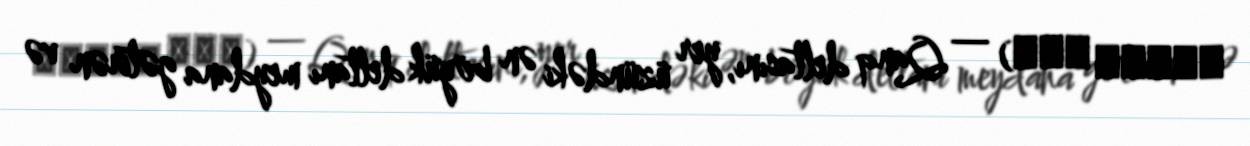
মেঘনা নদী) — Qanq deltasını, yer üzündəki ən böyük deltanı meydana gətirən və